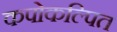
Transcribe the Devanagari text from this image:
कपोकल्पित